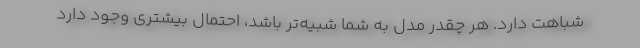
شباهت دارد. هر چقدر مدل به شما شبیه‌تر باشد، احتمال بیشتری وجود دارد